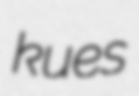
kues